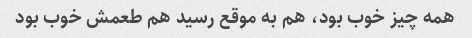
همه چیز خوب بود، هم به موقع رسید هم طعمش خوب بود